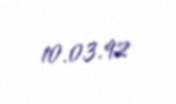
10.03.92